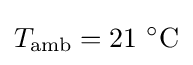
T_{\rm {amb}}=21\ ^{\circ }{\text{C}}